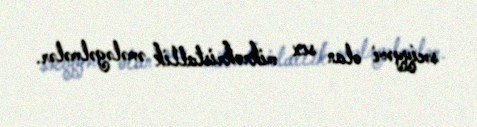
səciyyəvi olan sıx mikrokristallik əmələgəlmələr.